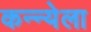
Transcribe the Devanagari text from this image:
कन्न्येला